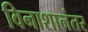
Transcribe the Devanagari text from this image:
विनाशानंतर